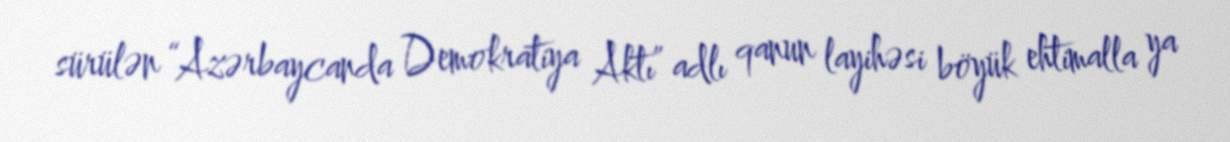
sürülən “Azərbaycanda Demokratiya Aktı” adlı qanun layihəsi böyük ehtimalla ya